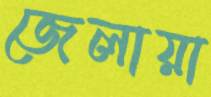
জেলায়া